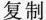
复制